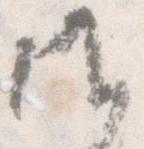
候